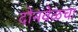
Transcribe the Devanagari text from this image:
दोनवेळचा